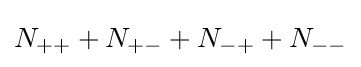
N_{++}+N_{+-}+N_{-+}+N_{--}